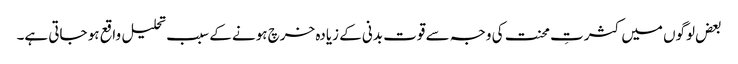
بعض لوگوں میں کثرتِ محنت کی وجہ سے قوت بدنی کے زیادہ خرچ ہونے کے سبب تحلیل واقع ہو جاتی ہے۔